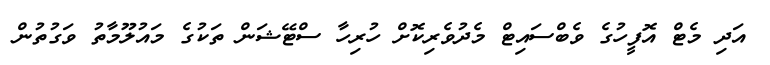
އަދި މެޓް އޮފީހުގެ ވެބްސައިޓް މެދުވެރިކޮށް ހުރިހާ ސްޓޭޝަން ތަކުގެ މައުލޫމާތު ވަގުތުން